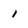
Character: 1